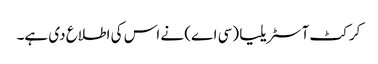
کرکٹ آسٹریلیا (سی اے) نے اس کی اطلاع دی ہے۔